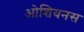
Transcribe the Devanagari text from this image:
ओशियनस